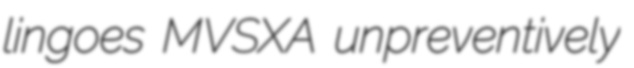
lingoes MVSXA unpreventively